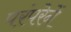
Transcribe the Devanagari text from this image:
परंपरेनें